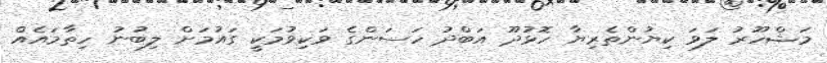
މަޝްހޫރު ލަވަ ކިޔުންތެރިޔާ ހޮޅުދޫ އަބްދު ހަސަންގެ ވަކިވުމަކީ ގައުމަށް ލިބުނު ހިތާމައެއް